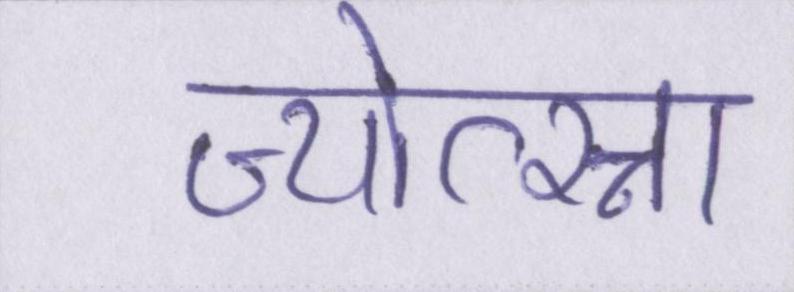
ज्योत्स्ना